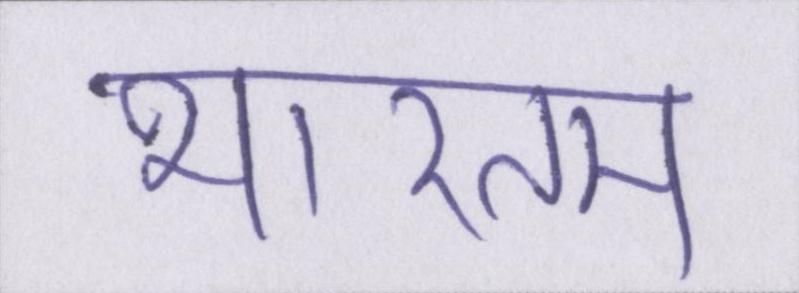
भारतम